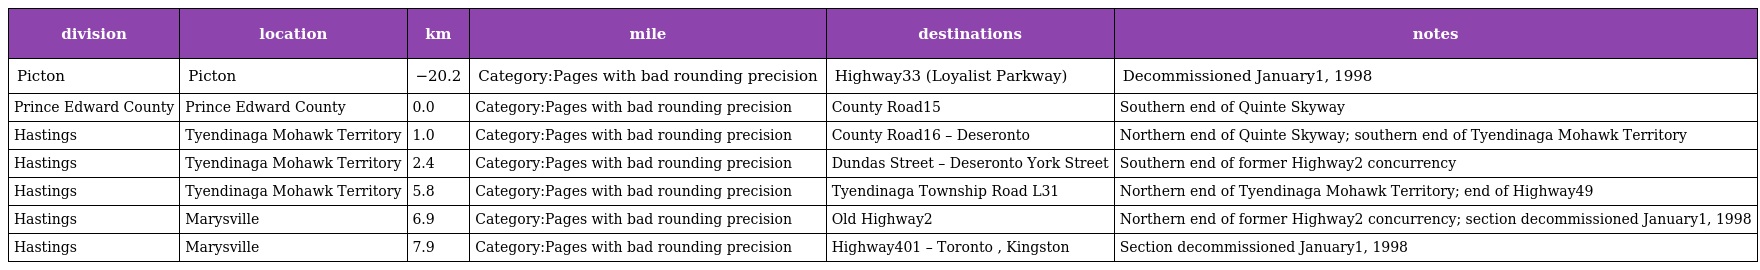
| division | location | km | mile | destinations | notes |
 | --- | --- | --- | --- | --- | --- |
 | Picton | Picton | −20.2 | Category:Pages with bad rounding precision | Highway33 (Loyalist Parkway) | Decommissioned January1, 1998 |
 | Prince Edward County | Prince Edward County | 0.0 | Category:Pages with bad rounding precision | County Road15 | Southern end of Quinte Skyway |
 | Hastings | Tyendinaga Mohawk Territory | 1.0 | Category:Pages with bad rounding precision | County Road16 – Deseronto | Northern end of Quinte Skyway; southern end of Tyendinaga Mohawk Territory |
 | Hastings | Tyendinaga Mohawk Territory | 2.4 | Category:Pages with bad rounding precision | Dundas Street – Deseronto York Street | Southern end of former Highway2 concurrency |
 | Hastings | Tyendinaga Mohawk Territory | 5.8 | Category:Pages with bad rounding precision | Tyendinaga Township Road L31 | Northern end of Tyendinaga Mohawk Territory; end of Highway49 |
 | Hastings | Marysville | 6.9 | Category:Pages with bad rounding precision | Old Highway2 | Northern end of former Highway2 concurrency; section decommissioned January1, 1998 |
 | Hastings | Marysville | 7.9 | Category:Pages with bad rounding precision | Highway401 – Toronto , Kingston | Section decommissioned January1, 1998 |